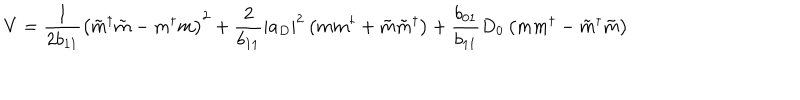
V = \frac { 1 } { 2 { b } _ { 1 1 } } \left( \tilde { m } ^ { \dagger } \tilde { m } - m ^ { \dagger } m \right) ^ { 2 } + \frac { 2 } { { b } _ { 1 1 } } \left| a _ { D } \right| ^ { 2 } \left( m m ^ { \dagger } + \tilde { m } \tilde { m } ^ { \dagger } \right) + \frac { { b } _ { 0 1 } } { { b } _ { 1 1 } } D _ { 0 } \left( m m ^ { \dagger } - \tilde { m } ^ { \dagger } \tilde { m } \right)